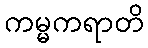
ကမ္မကရာတိ